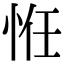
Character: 㤛